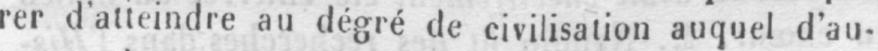
rer d’atteindre au degré de civilisation auquel d’au-